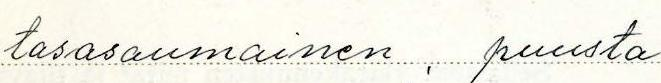
tasasaumainen, puusta